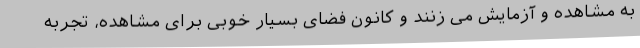
به ‌مشاهده و آزمایش می زنند و کانون فضای بسیار خوبی برای مشاهده، تجربه